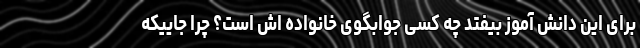
برای این دانش آموز بیفتد چه کسی جوابگوی خانواده اش است؟ چرا جاییکه